Annual report of the Central Committee of the Association together with the report of the directors of the Pasteur Institute at Kasauli
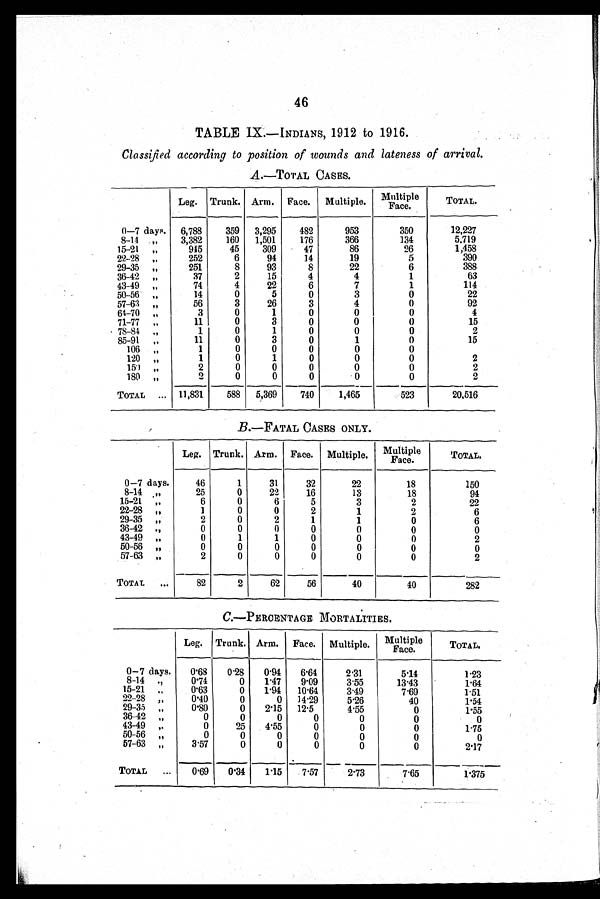
46
TABLE 1X.---INDIANS, 1912 to 1916.
Classified according to position of wounds and lateness of arrival.
A.—TOTAL CASES.
Leg. Trunk. Arm. Face. Multiple.
M u l t i p l e
Face.
TOTAL.
0-7 days. 6,788
359 3,295
482
953
350
12,227
8-14 .,,
3,382
160
1,501
176
366
134
5,719
15-21 „
945
45
309
47
86
26
1,458
22-28 ,
252
6
94
14
19
5
390
29-35 ”
251
8
93
8
22
6
388
36-42 ,,
37
2
15
4
4
1
63
43-49 „
74
4
22
6
7
1
114
50-56 ,,
14
0
5
0
3
0
22
57-63 , ,
56
3
26
3
4
0
92
64-70 ,
3
0
1
0
0
0
4
71-77 „
11
0
3
0
0
0
15
78-81 „
1
0
1
0
0
0
2
85-91 „
11
0
3
0
1
0
15
106
1
0
0
0
0
0
„
120 „
1
0
1
0
0
0
2
1 5 0
2
0
0
0
0
0
2
180 „
2
0
0
0
0
0
2
TOTAL
...
11,831
588 5,369
740
1,465
523
20,516
B.—FATAL CASES ONLY.
Leg. Trunk. Arm. Face. Multiple.
u lti le
Mp —
Face. ace.
TOTAL.
0 —7 days.
46
1
31
32
22
18
150
8-14
25
0
22
16
13
18
94
15-21 „
6
0
6
5
3
2
22
22-28 „
1
0
0
2
1
2
6
29-35 „
2
0
2
1
1
0
6
36-42 .,
0
0
0
0
0
0
0
43-49 ,
0
1
1
0
0
0
2
50-56 „
0
0
0
0
0
0
0
57-63 „
2
0
0
0
0
0
2
TOTAL
82
2
62
56
40
40
282
C.—PERCENTA GE MORTALITIES.
Leg. Trunk. Arm. Face. Multiple.
.
Multiple
Face.
TOTAL.
0-7 days.
0'68
0 .28
0 .94
6 .64
2.31
5'14
1.23
8-14 .,
0.74
0
1'47
9.09
3.55
13'43
1.64
15-21 „
0'63
0
1 .94
10 .61
3.49
7.69
1.51
22-28 „
0.40
0
0 11 .29
5.26
40
1.54
29-35 „
0 . 8 0
0
2'15
12 .5
4.55
0
1.55
36-42 „
0
0
0
0
0
0
0
43-49 ,.
0
25
4 .55
0
0
0
1.75
50-56 „
0
0
0
0
0
0
0
57-63 „
3'57
0
0
0
0
0
2.17
TOTAL
...
0'69
0.34
1'15
7.57
2.73
7.65
1.375